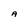
Character: A